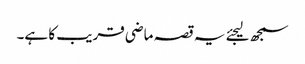
سمجھ لیجئے یہ قصہ ماضی قریب کا ہے۔